Civil Veterinary Department. United Provinces 1923-31 - 1923-1931
Year: 1923
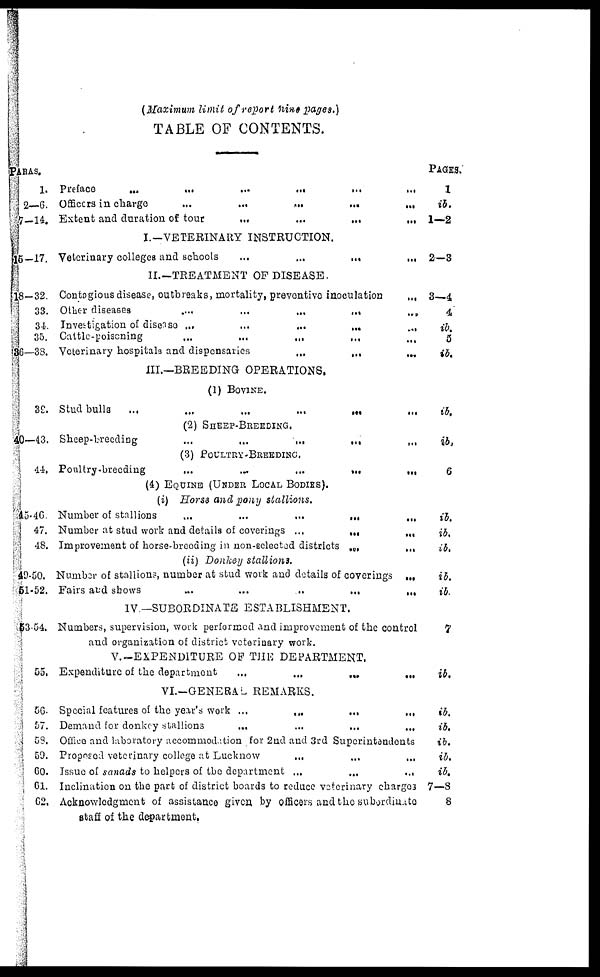
(Maximum limit of report nine pages.)
TABLE OF CONTENTS.
PARAS.
1.
2—6.
7-14.
15-17.
18—32.
33.
34.
35.
36—33.
39.
40—43.
44.
45—46.
47.
48.
49—50.
51—52.
53—54.
55.
56.
57.
58.
59.
60.
61.
62,
Preface ... ... ... ... ... ...
Officers in charge ... ... ... ... ...
Extent and duration of tour ... ... ... ...
I.—VETERINARY INSTRUCTION.
Veterinary colleges and schools ... ... ... ...
II.—TREATMENT OF DISEASE.
Contagious disease, outbreaks, mortality, preventive inoculation ...
Other diseases ... ... ... ... ... ...
Investigation of disease ... ... ... ... ...
Cattle-poisoning ... ... ... ... ...
Veterinary hospitals and dispensaries ... ... ...
III.—BREEDING OPERATIONS.
(1) BOVINE.
Stud bulla ... ... ... ... ... ...
(2) SHEEP-BREEDING.
Sheep-breeding ... ... ... ... ...
(3) POULTRY-BREEDING.
Poultry-breeding ... ... ... ... ...
(4) EQUINE (UNDER LOCAL BODIES).
(i) Horse and pony stallions.
Number of stallions ... ... ... ... ...
Number at stud work and details of coverings ... ... ...
Improvement of horse-breeding in non-selected districts ... ...
(ii) Donkey stallions.
Number of stallions, number at stud work and details of coverings ...
Fairs and shows ... ... ... ... ... ...
IV.—SUBORDINATE ESTABLISHMENT.
Numbers, supervision, work performed and improvement of the control
and organization of district veterinary work.
V.—EXPENDITURE OF THE DEPARTMENT.
Expenditure of the department ... ... ... ...
VI.-GENERAL REMARKS.
Special features of the year's work ... ... ... ...
Demand for donkey stallions ... ... ... ...
Office and laboratory accommodation for 2nd and 3rd Superintendents
Proposed veterinary college at Lucknow ... ... ...
Issue of sanads to helpers of the department ... ... ...
Inclination on the part of district boards to reduce veterinary charg03
Acknowledgment of assistance given by officers and the subordinate
staff of the department.
Pages.
1
ib.
1—2
2-3
3—4
4
ib.
5
ib.
ib.
ib.
6
ib.
ib.
ib.
ib.
ib.
7
ib.
ib.
ib.
ib.
ib.
ib.
7—8
8